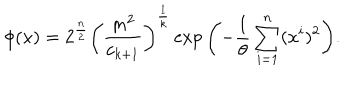
\phi ( x ) = 2 ^ { \frac { n } { 2 } } \left( \frac { m ^ { 2 } } { c _ { k + 1 } } \right) ^ { \frac { 1 } { k } } \exp { \left( - \frac { 1 } { \theta } \sum _ { i = 1 } ^ { n } ( x ^ { i } ) ^ { 2 } \right) } .